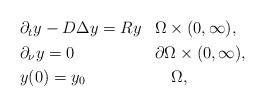
LaTeX: \begin{align*}\begin{aligned}&\partial_t y -D\Delta y = R y && \Omega\times (0,\infty),\\ &\partial_\nu y = 0&& \partial\Omega\times (0,\infty),\\ &y(0) = y_0&&\quad\Omega,\end{aligned}\end{align*}